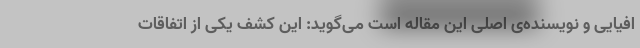
افیایی و نویسنده‌ی اصلی این مقاله است می‌گوید: این کشف یکی از اتفاقات